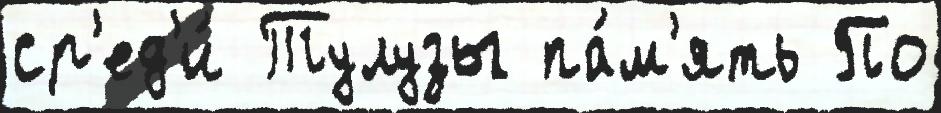
ср'ед'и́ Тулузы па́м'ять По